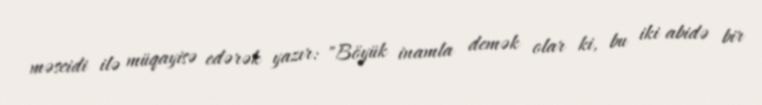
məscidi ilə müqayisə edərək yazır: "Böyük inamla demək olar ki, bu iki abidə bir